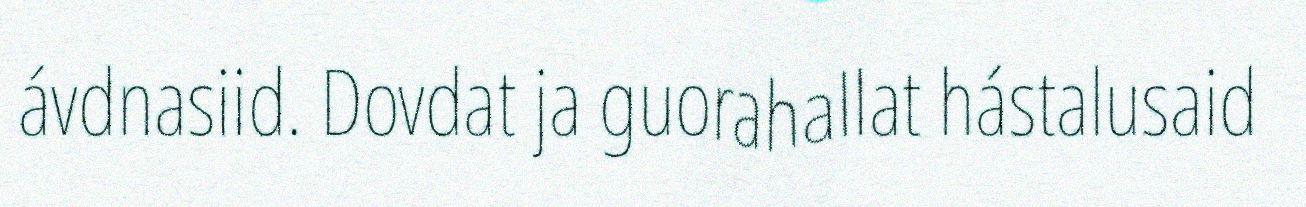
ávdnasiid. Dovdat ja guorahallat hástalusaid